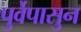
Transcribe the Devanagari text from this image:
पुर्वेपासुन